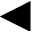
\blacktriangleleft